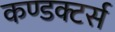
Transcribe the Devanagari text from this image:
कण्डक्टर्स